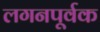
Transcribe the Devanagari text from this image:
लगनपूर्वक